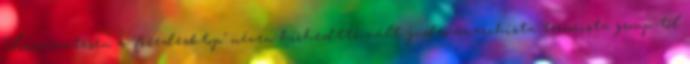
Természetesen a "freedesktop" néven hírhedtté vált judeo-anarchista terrorista group-től